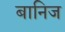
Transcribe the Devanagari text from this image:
बानिज